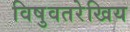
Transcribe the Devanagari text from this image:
विषुवतरेखिय